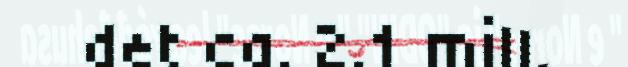
det ca. 2.1 mill.